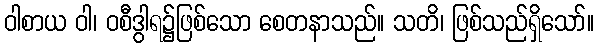
ဝါစာယ ဝါ၊ ဝစီဒွါရ၌ဖြစ်သော စေတနာသည်။ သတိ၊ ဖြစ်သည်ရှိသော်။